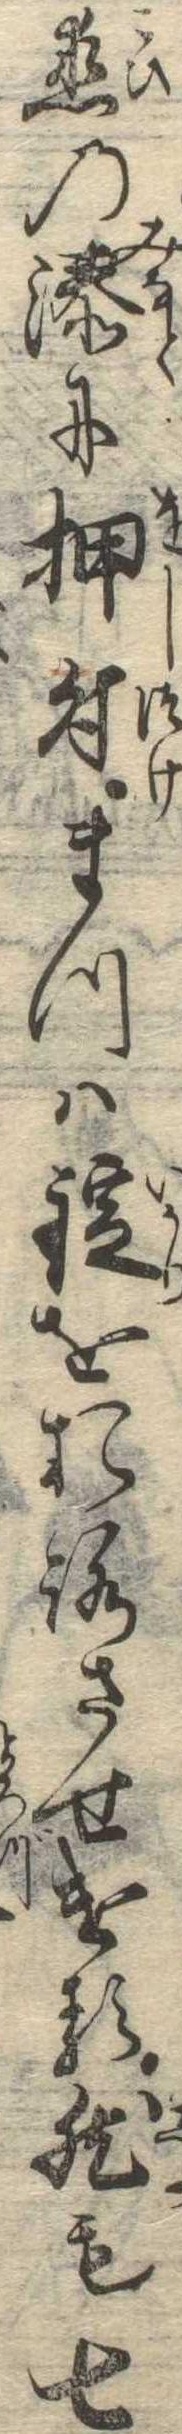
恋の湊に押付まつは錠をおろさせける然も七